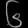
Digit: ၆